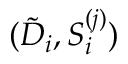
( \tilde { D } _ { i } , S _ { i } ^ { ( j ) } )